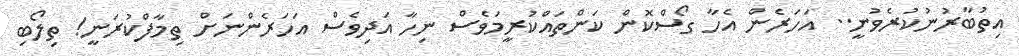
އިތުބާރުނުކުރެވުނީ.. އަހަރެން އެހާ ގޯސްކޮން ކަންތައްކުރީމަވެސް ނިހާ އަދިވެސް އަހަރެންނަށް ތިމާފްކުރަނީ! ތިލޯބި